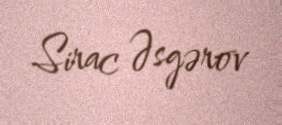
Sirac Əsgərov